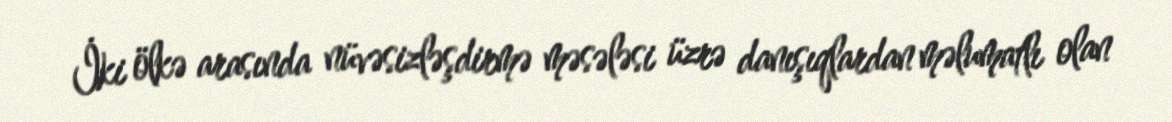
İki ölkə arasında nüvəsizləşdirmə məsələsi üzrə danışıqlardan məlumatlı olan